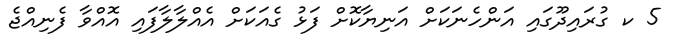
5 ކ ގުރައިދޫގައި އަންހެނަކަށް އަނިޔާކޮށް ފަޅު ގެއަކަށް އެއްލާލާފައި އޮއްވާ ފެނިއްޖެ